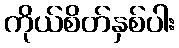
ကိုယ်စိတ်နှစ်ပါး